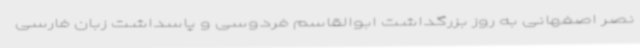
نصر اصفهانی به روز بزرگداشت ابوالقاسم فردوسی و پاسداشت زبان فارسی